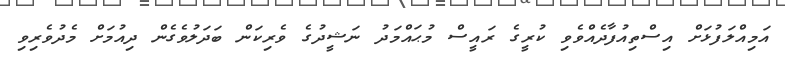
އަމިއްލަފުޅަށް އިސްތިއުފާދެއްވެވި ކުރީގެ ރައީސް މުޙައްމަދު ނަޝީދުގެ ވެރިކަން ބަދަލުވެގެން ދިއުމަށް މެދުވެރިވި